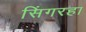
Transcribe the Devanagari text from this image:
सिंगरहा